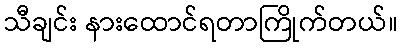
သီချင်း နားထောင်ရတာကြိုက်တယ်။